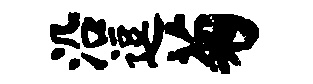
沿逗菊